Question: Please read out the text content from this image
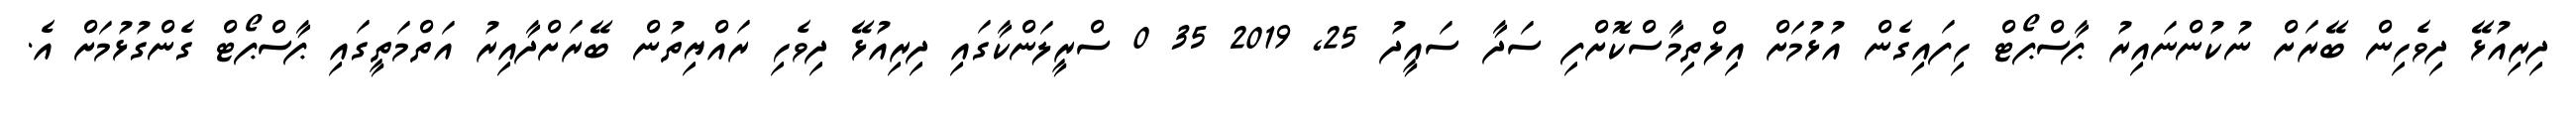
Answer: ދިރިއުޅޭ ދިވެހިން ބޭރަށް ނުކުންނައިރު ޕާސްޕޯޓް ހިފައިގެން އުޅުމަށް އިލްތިމާސްކޮށްފި ސަދާ ސައީދު 25, 2019 35 0 ސްރީލަންކާގައި ދިރިއުޅޭ ދިވެހި ރައްޔިތުން ބޭރަށްދާއިރު އަތްމަތީގައި ޕާސްޕޯޓް ގެންގުޅުމަށް އެ.